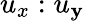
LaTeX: u_{x}:u_{\mathbf{y}}